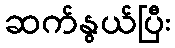
ဆက်နွယ်ပြီး